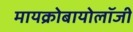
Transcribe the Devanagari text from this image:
मायक्रोबायोलॉजी